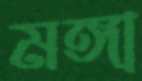
মঙ্গা